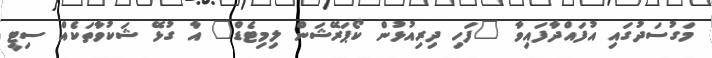
މަގުސަދުގައި އުފައްދާފައިވާ "ފަހި ދިރިއުޅުން ކޯޕަރޭޝަން ލިމިޓެޑް" އާ ގުޅޭ ޝަކުވާތަކެއް ސިޓީ